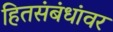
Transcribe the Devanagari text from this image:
हितसंबंधांवर